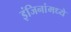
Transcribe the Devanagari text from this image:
इंजिनांमध्ये